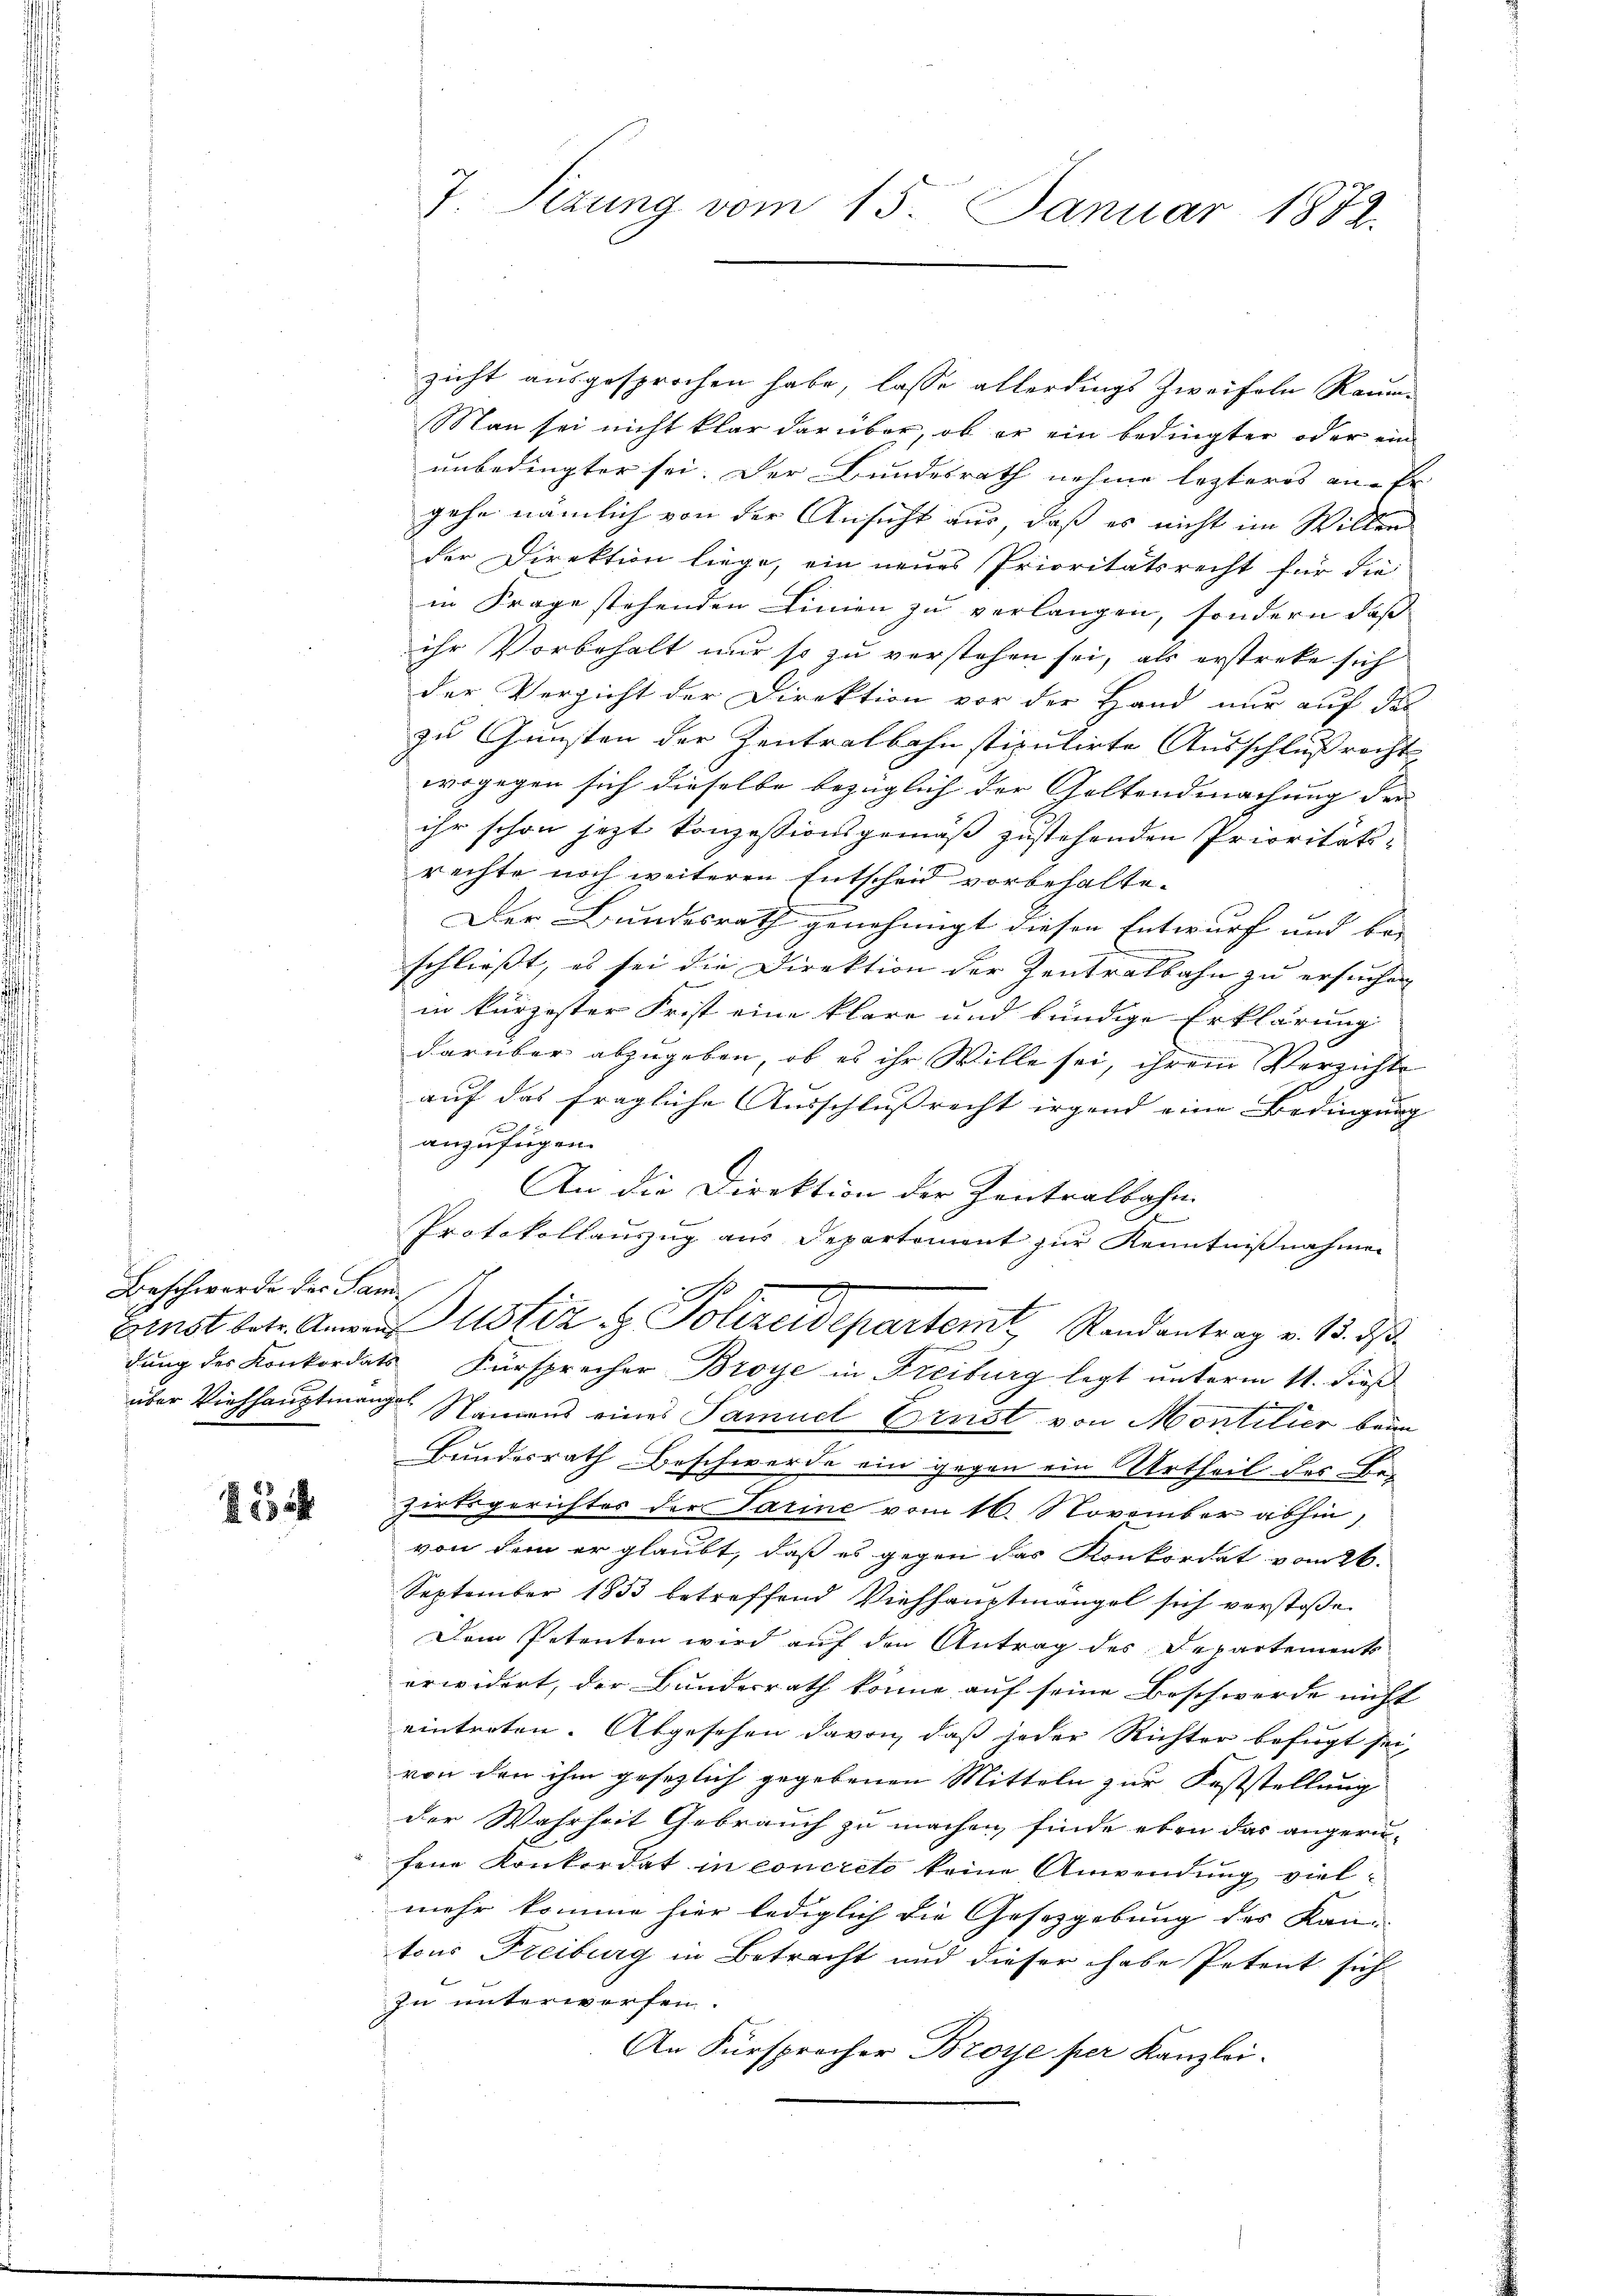
Beschwerde des Sani¬

1

J. Sizung vom 15. Januar 1882.

zicht ausgesprochen habe, lasse allerdings Zweifeln Raum¬
Man sei nicht klar darüber, ob er ein bedingter oder ein
unbedingter sei. Der Bundesrath nehme lezteres anfr
gehe nämlich von der Ansicht aus, daß es nicht im Willen
der Direktion liege, ein neues Prioritätsrecht für die
in Frage stehenden Linien zu verlangen, sondern daß
ihr Vorbehalt nur so zu verstehen sei, als erstreke sich
der Verzicht der Direktion vor der Hand nur auf des
zu Gunsten der Zentralbahn stipulirte Ausschlußrecht
wogegen sich dieselbe bezüglich der Geltendmachung der
ihr schon jezt konzessionsgemäß zustehenden Prioritäts-
rechte noch weiteren Entscheid vorbehalte.
Der Bundesrath genehmigt diesen Entwurf und be- |
schließt, es sei die Direktion der Zentralbahn zu ersuchen
in kürzester Frist eine klare und kündige Erklärung
darüber abzugeben, ob es ihr Wille sei, ihrem Verzichte
auf das fragliche Ausschlußrecht irgend eine Bedingung
fx
anzufügen.
An die Direktion der Zentralbahn
2
Protokollauszug aus Departement zur Kenntnißnahmen
Fenst betr. Anna ustiz & Polizeidepartemt, Randantrag v. 13. ds
dung des Konkordats Fürsprecher Broye in Freiburg legt unterm 11. dieß
ich
über Viehhauptmangel Namens eines Samuel Ernst von Montilier beim
Bundesrath beschwerde ein gegen ein Urtheil des Bezirksgerichtes der Sarine vom 16. November abhin,
von dem er glaubt, daß es gegen das Konkordat vom 26.
September 1853 betreffend Viehhaŭptmängel sich verstoße
Dem Petenten wird auf den Antrag des Departements
erwidert, der Bundesrath könne auf seine Beschwerde nicht
eintreten. Abgesehen davon, daß jeder Richter befugt sei,
von den ihm gesezlich gegebenen Mitteln zur Feststellung
der Wahrheit Gebrauch zu machen, finde eben das angerufene Konkordat in concreto keine Anwendung vielmehr komme hier lediglich die Gesetzgebung des Kan-
tons Freiburg in Betracht und dieser habe Petent sich
In unterworfen.
An Fürsprecher Broye per Kanzlei.